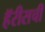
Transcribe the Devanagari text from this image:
हॅरीसची